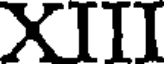
XIII